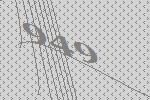
949